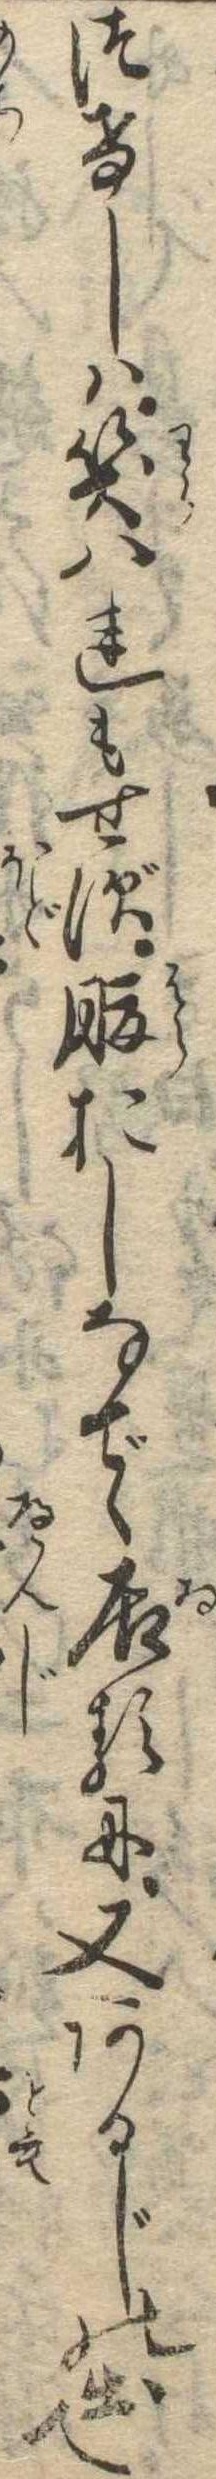
つけしは笑はれもせず腹おしなでゝ居るに又あるじの出て